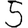
Digit: 5